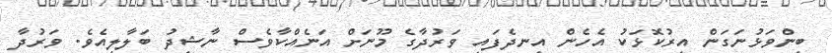
ބިންވަޅުނަގަން އިރުކޮޅަކު އެހެން އިނދެފައި ވަރުދާގެ މޫނަށް އަނެއްކާވެސް ނާޝިދު ބަލާލިއެވެ. ވަރުދާ